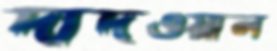
দাদওয়াল